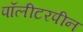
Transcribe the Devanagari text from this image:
पॉलीटरपीन